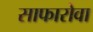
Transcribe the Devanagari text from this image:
साफारोवा